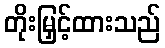
တိုးမြှင့်ထားသည်